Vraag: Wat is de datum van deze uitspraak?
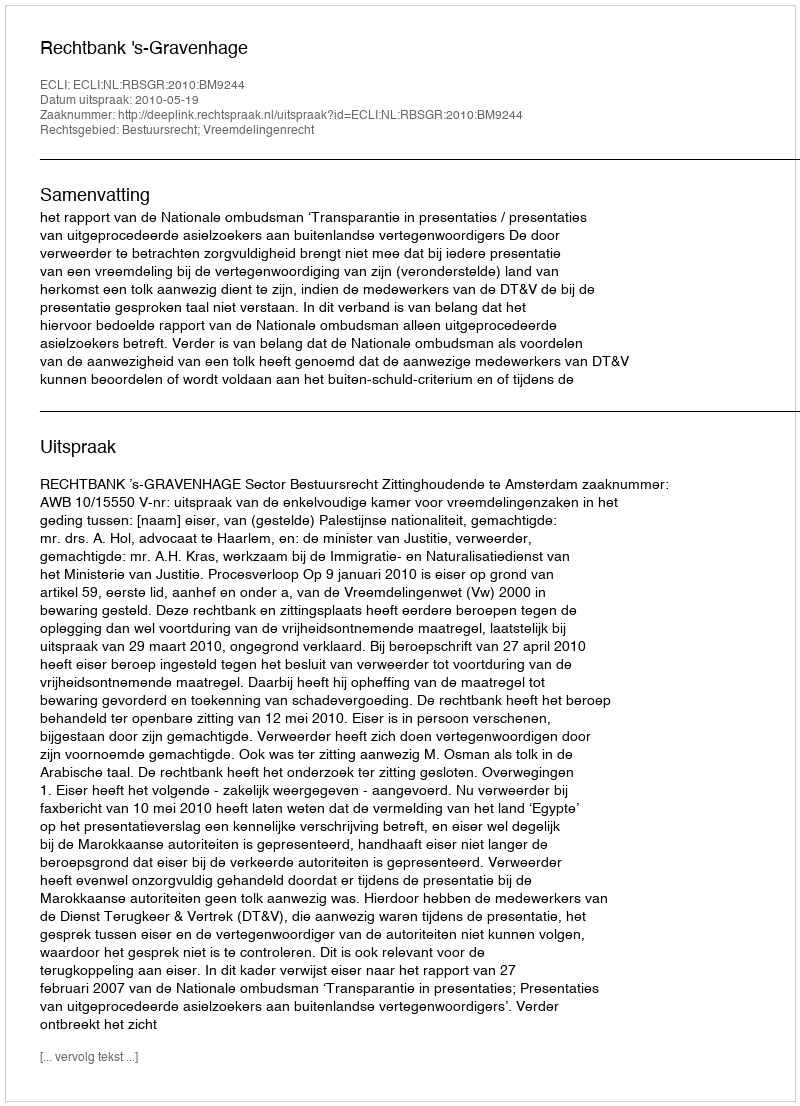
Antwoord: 2010-05-19